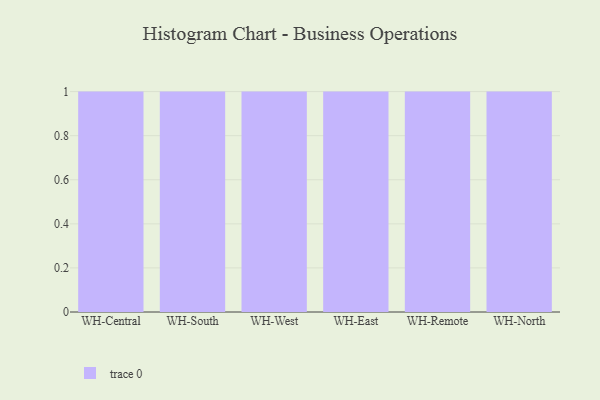
{"axis": {"x": "Warehouse", "y": "Demand Index"}, "legend": [""], "data": [{"x": "WH-Central", "y": 73, "type": ""}, {"x": "WH-South", "y": 59, "type": ""}, {"x": "WH-West", "y": 89, "type": ""}, {"x": "WH-East", "y": 21, "type": ""}, {"x": "WH-Remote", "y": 51, "type": ""}, {"x": "WH-North", "y": 17, "type": ""}]}